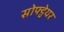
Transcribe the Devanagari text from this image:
सोफ्ट्वेयर